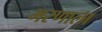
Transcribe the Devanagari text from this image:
भरणाला